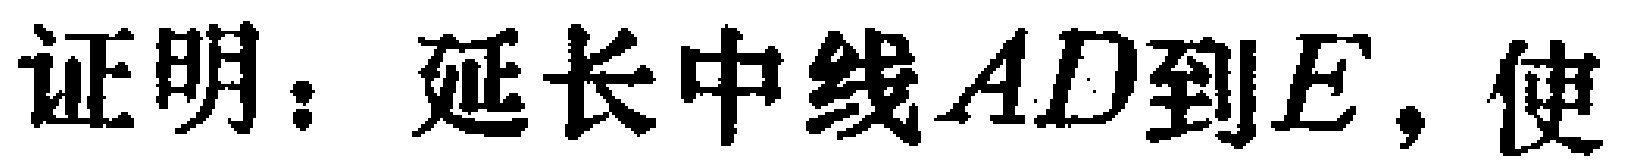
证明：延长中线\(AD\)到\(E\)，使